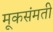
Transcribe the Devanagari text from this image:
मूकसंमती